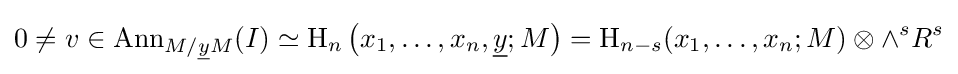
0\neq v\in \operatorname {Ann} _{M/{\underline {y}}M}(I)\simeq \operatorname {H} _{n}\left(x_{1},\dots ,x_{n},{\underline {y}};M\right)=\operatorname {H} _{n-s}(x_{1},\dots ,x_{n};M)\otimes \wedge ^{s}R^{s}